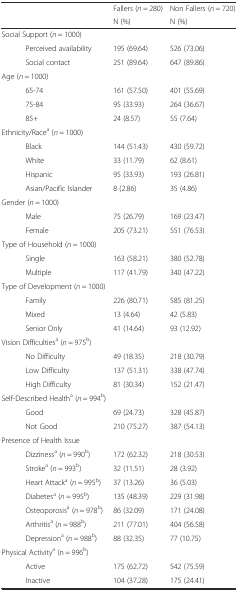
<table><thead><tr><td></td><td><b>Fallers (<i>n</i> = 280)</b></td><td><b>Non Fallers (<i>n</i> = 720)</b></td></tr><tr><td></td><td><b>N (%)</b></td><td><b>N (%)</b></td></tr></thead><tbody><tr><td>Social Support (<i>n</i> = 1000)</td><td></td><td></td></tr><tr><td>Perceived availability</td><td>195 (69.64)</td><td>526 (73.06)</td></tr><tr><td>Social contact</td><td>251 (89.64)</td><td>647 (89.86)</td></tr><tr><td>Age (<i>n</i> = 1000)</td><td></td><td></td></tr><tr><td>65-74</td><td>161 (57.50)</td><td>401 (55.69)</td></tr><tr><td>75-84</td><td>95 (33.93)</td><td>264 (36.67)</td></tr><tr><td>85+</td><td>24 (8.57)</td><td>55 (7.64)</td></tr><tr><td>Ethnicity/Race<sup>a</sup> (<i>n</i> = 1000)</td><td></td><td></td></tr><tr><td>Black</td><td>144 (51.43)</td><td>430 (59.72)</td></tr><tr><td>White</td><td>33 (11.79)</td><td>62 (8.61)</td></tr><tr><td>Hispanic</td><td>95 (33.93)</td><td>193 (26.81)</td></tr><tr><td>Asian/Pacific Islander</td><td>8 (2.86)</td><td>35 (4.86)</td></tr><tr><td>Gender (<i>n</i> = 1000)</td><td></td><td></td></tr><tr><td>Male</td><td>75 (26.79)</td><td>169 (23.47)</td></tr><tr><td>Female</td><td>205 (73.21)</td><td>551 (76.53)</td></tr><tr><td>Type of Household (<i>n</i> = 1000)</td><td></td><td></td></tr><tr><td>Single</td><td>163 (58.21)</td><td>380 (52.78)</td></tr><tr><td>Multiple</td><td>117 (41.79)</td><td>340 (47.22)</td></tr><tr><td>Type of Development (<i>n</i> = 1000)</td><td></td><td></td></tr><tr><td>Family</td><td>226 (80.71)</td><td>585 (81.25)</td></tr><tr><td>Mixed</td><td>13 (4.64)</td><td>42 (5.83)</td></tr><tr><td>Senior Only</td><td>41 (14.64)</td><td>93 (12.92)</td></tr><tr><td>Vision Difficulties<sup>a</sup> (<i>n</i> = 975<sup>b</sup>)</td><td></td><td></td></tr><tr><td>No Difficulty</td><td>49 (18.35)</td><td>218 (30.79)</td></tr><tr><td>Low Difficulty</td><td>137 (51.31)</td><td>338 (47.74)</td></tr><tr><td>High Difficulty</td><td>81 (30.34)</td><td>152 (21.47)</td></tr><tr><td>Self-Described Health<sup>a</sup> (<i>n</i> = 994<sup>b</sup>)</td><td></td><td></td></tr><tr><td>Good</td><td>69 (24.73)</td><td>328 (45.87)</td></tr><tr><td>Not Good</td><td>210 (75.27)</td><td>387 (54.13)</td></tr><tr><td>Presence of Health Issue</td><td></td><td></td></tr><tr><td>Dizziness<sup>a</sup> (<i>n</i> = 990<sup>b</sup>)</td><td>172 (62.32)</td><td>218 (30.53)</td></tr><tr><td>Stroke<sup>a</sup> (<i>n</i> = 993<sup>b</sup>)</td><td>32 (11.51)</td><td>28 (3.92)</td></tr><tr><td>Heart Attack<sup>a</sup> (<i>n</i> = 995<sup>b</sup>)</td><td>37 (13.26)</td><td>36 (5.03)</td></tr><tr><td>Diabetes<sup>a</sup> (<i>n</i> = 995<sup>b</sup>)</td><td>135 (48.39)</td><td>229 (31.98)</td></tr><tr><td>Osteoporosis<sup>a</sup> (<i>n</i> = 978<sup>b</sup>)</td><td>86 (32.09)</td><td>171 (24.08)</td></tr><tr><td>Arthritis<sup>a</sup> (<i>n</i> = 988<sup>b</sup>)</td><td>211 (77.01)</td><td>404 (56.58)</td></tr><tr><td>Depression<sup>a</sup> (<i>n</i> = 988<sup>b</sup>)</td><td>88 (32.35)</td><td>77 (10.75)</td></tr><tr><td>Physical Activity<sup>a</sup> (n = 996<sup>b</sup>)</td><td></td><td></td></tr><tr><td>Active</td><td>175 (62.72)</td><td>542 (75.59)</td></tr><tr><td>Inactive</td><td>104 (37.28)</td><td>175 (24.41)</td></tr></tbody></table>